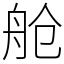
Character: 舱